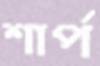
শার্প